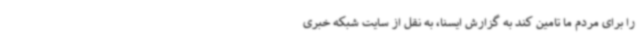
را برای مردم ما تامین کند به گزارش ایسنا، به نقل از سایت شبکه خبری